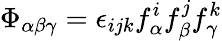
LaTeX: \Phi_{\alpha\beta\gamma}=\epsilon_{ijk}f_{\alpha}^{i}f_{\beta}^{j}f_{\gamma}^{k}